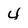
Character: 4